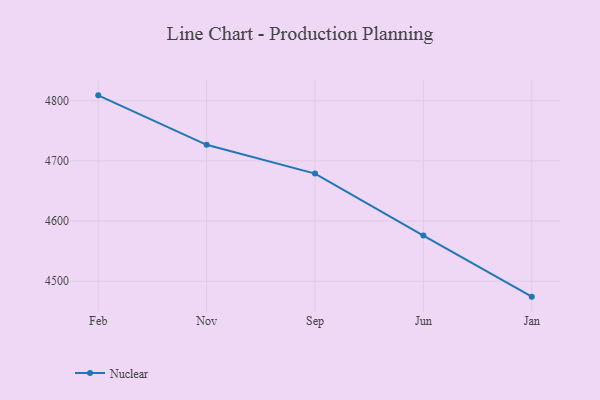
{"axis": {"x": "Month", "y": "Churn Rate (%)"}, "legend": ["Nuclear"], "data": [{"x": "Feb", "y": 4809.0, "type": "Nuclear"}, {"x": "Nov", "y": 4726.8, "type": "Nuclear"}, {"x": "Sep", "y": 4678.9, "type": "Nuclear"}, {"x": "Jun", "y": 4575.8, "type": "Nuclear"}, {"x": "Jan", "y": 4474.3, "type": "Nuclear"}]}